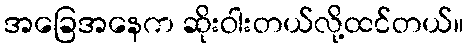
အခြေအနေက ဆိုးဝါးတယ်လို့ထင်တယ်။